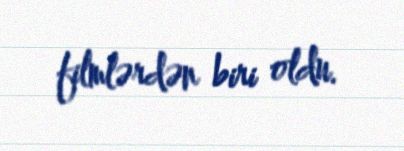
filmlərdən biri oldu.